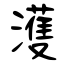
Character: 濩